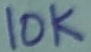
Text: 10K